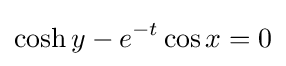
\cosh y-e^{-t}\cos x=0